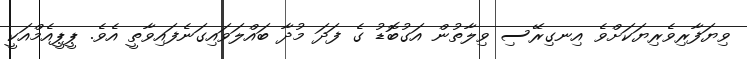
ވިޔަފާރިވެރިޔަކަށްވެ އިނގިރޭސި ވިލާތުން އަގުބޮޑު ގެ ފަދަ މުދާ ބައްލަވައިގަނެފައިވާތީ އެވެ. ޕީޕީއެމްއަކީ